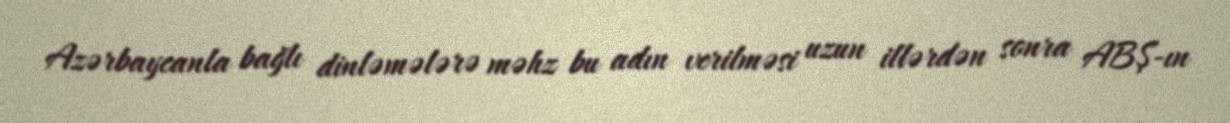
Azərbaycanla bağlı dinləmələrə məhz bu adın verilməsi uzun illərdən sonra ABŞ-ın